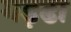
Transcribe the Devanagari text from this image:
गड़ढा